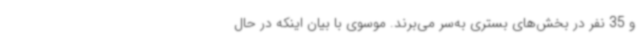
و 35 نفر در بخش‌های بستری به‌سر می‌برند. موسوی با بیان اینکه در حال